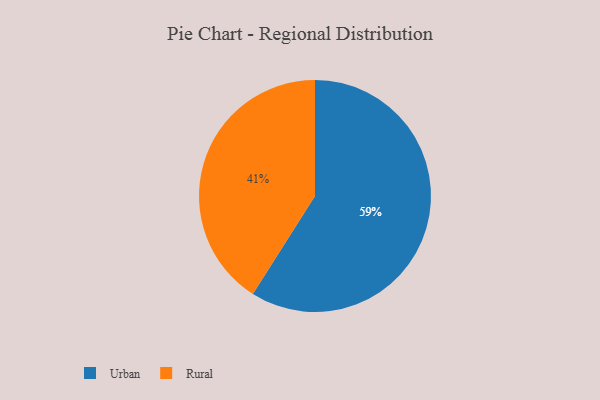
{"axis": {"x": "Category", "y": "Percentage"}, "legend": ["Rural", "Urban"], "data": [{"x": "Urban", "y": 59, "type": "Urban"}, {"x": "Rural", "y": 41, "type": "Rural"}]}